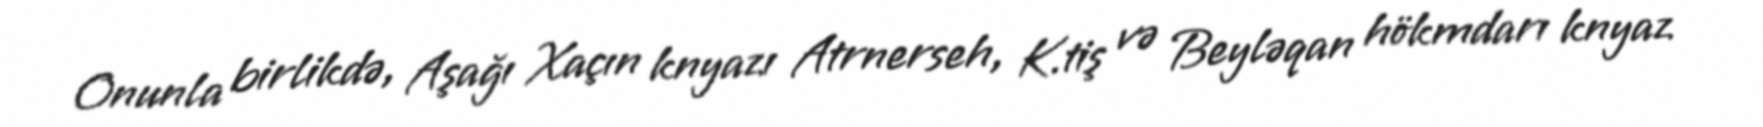
Onunla birlikdə, Aşağı Xaçın knyazı Atrnerseh, K.tiş və Beyləqan hökmdarı knyaz